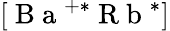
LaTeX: [\mathrm{~B~a~}^{+*}\mathrm{~R~b~}^{*}]